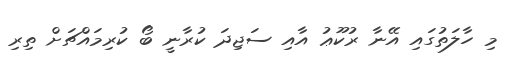
މި ހާލަތުގައި އޭނާ ރުކޫޢު އާއި ސަޖިދަ ކުރާނީ ބޯ ކުރިމައްޗަށް ތިރި